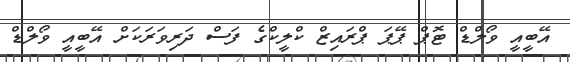
އޭބީއީ ވޯލްޑް ޓޮޕް ޕޭޕަ ޕްރައިޒް ކްލީކްގެ ފަސް ދަރިވަރަކަށް އޭބީއީ ވޯލްޑް